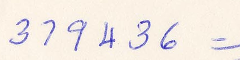
319436